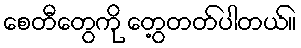
စေတီတွေကို တွေ့တတ်ပါတယ်။